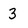
Character: 3